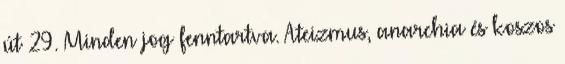
út 29. Minden jog fenntartva. Ateizmus, anarchia és koszos